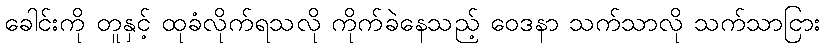
ခေါင်းကို တူနှင့် ထုခံလိုက်ရသလို ကိုက်ခဲနေသည့် ဝေဒနာ သက်သာလို သက်သာငြား